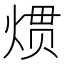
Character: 𱫜